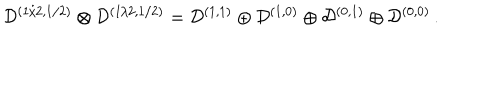
{ \mathcal D } ^ { ( 1 / 2 , 1 / 2 ) } \otimes { \mathcal D } ^ { ( 1 / 2 , 1 / 2 ) } = { \mathcal D } ^ { ( 1 , 1 ) } \oplus { \mathcal D } ^ { ( 1 , 0 ) } \oplus { \mathcal D } ^ { ( 0 , 1 ) } \oplus { \mathcal D } ^ { ( 0 , 0 ) } \, .